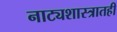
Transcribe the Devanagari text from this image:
नाट्यशास्त्रातही